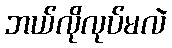
ဘယ်လိုလုပ်မလဲ